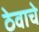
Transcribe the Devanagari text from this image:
ठेवाचे